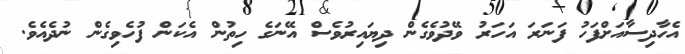
އެހާދިސާއަށްފަހު ފަނަރަ އަހަރު ވޭދުވެގެން ދިޔައިރުވެސް އޭނަގެ ހިތުން އެކަން ފުހެވިގެން ނުދެއެވެ.